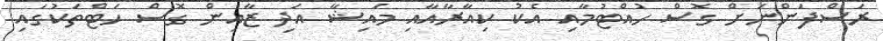
ރަސްފަންނަށް ގޮސް ހުއްޓުމާއި އެކު ކިއާރާއާއި މައިޝާ އަދި ޒާއިން ގޮސް ހަޓްތަކުގައި